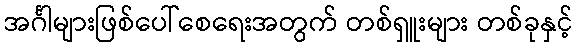
အင်္ဂါများဖြစ်ပေါ်စေရေးအတွက် တစ်ရှူးများ တစ်ခုနှင့်